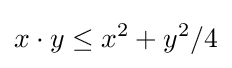
x\cdot y\leq x^{2}+y^{2}/4